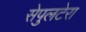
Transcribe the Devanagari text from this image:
सेपुलटेरा